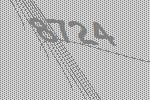
8724